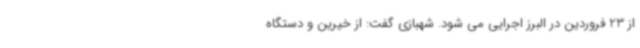
از 23 فروردین در البرز اجرایی می شود. شهبازی گفت: از خیرین و دستگاه